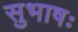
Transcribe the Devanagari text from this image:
सुभाषः